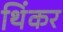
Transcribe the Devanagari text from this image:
थिंकर